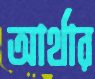
আর্থার